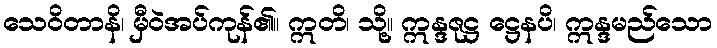
သေဝိတာနိ၊ မှီဝဲအပ်ကုန်၏။ ဣတိ၊ သို့။ ဣန္ဒဇုဋ္ဌ ဋ္ဌေနပိ၊ ဣန္ဒမည်သော